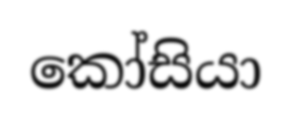
කෝසියා